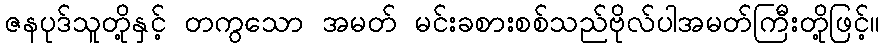
ဇနပုဒ်သူတို့နှင့် တကွသော အမတ် မင်းခစားစစ်သည်ဗိုလ်ပါအမတ်ကြီးတို့ဖြင့်။